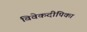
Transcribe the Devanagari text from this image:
विवेकदीपिका